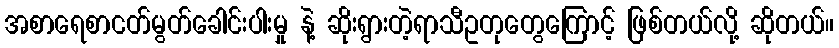
အစာရေစာငတ်မွတ်ခေါင်းပါးမှု နဲ့ ဆိုးရွားတဲ့ရာသီဥတုတွေကြောင့် ဖြစ်တယ်လို့ ဆိုတယ်။